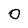
Character: 0